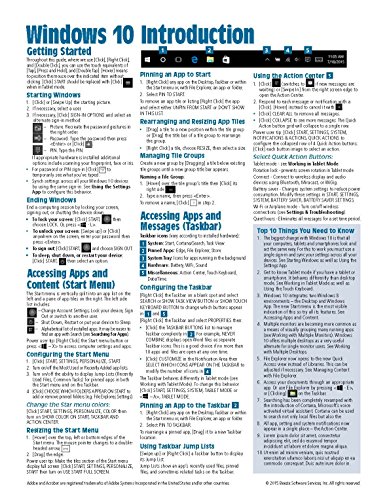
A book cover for Windows 10 Introduction Quick Reference Guide (Cheat Sheet of Instructions, Tips & Shortcuts - Laminated); Beezix Inc; Computers & Technology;